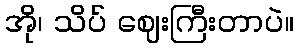
အို၊ သိပ် ဈေးကြီးတာပဲ။